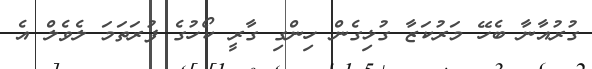
ގުރުއާނާ ބެހޭ މަރުކަޒާ ގުޅިގެން ހިންގި ގާރީ ކޯހުގެ ފުރަތަމަ ލެވެލް އެ